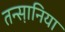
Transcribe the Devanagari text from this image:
तन्स़ानिया